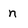
Character: n